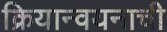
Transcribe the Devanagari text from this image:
क्रियान्वयनाची